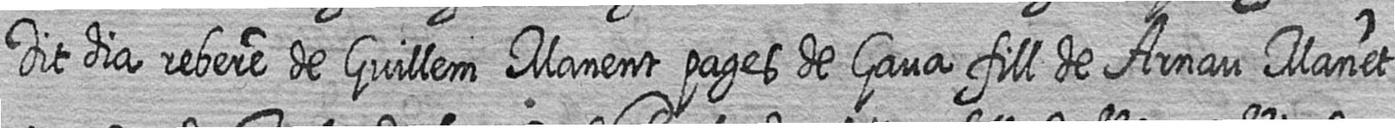
Dit dia rebere de Guillem Manent pages de Gava fill de Arnau Manet